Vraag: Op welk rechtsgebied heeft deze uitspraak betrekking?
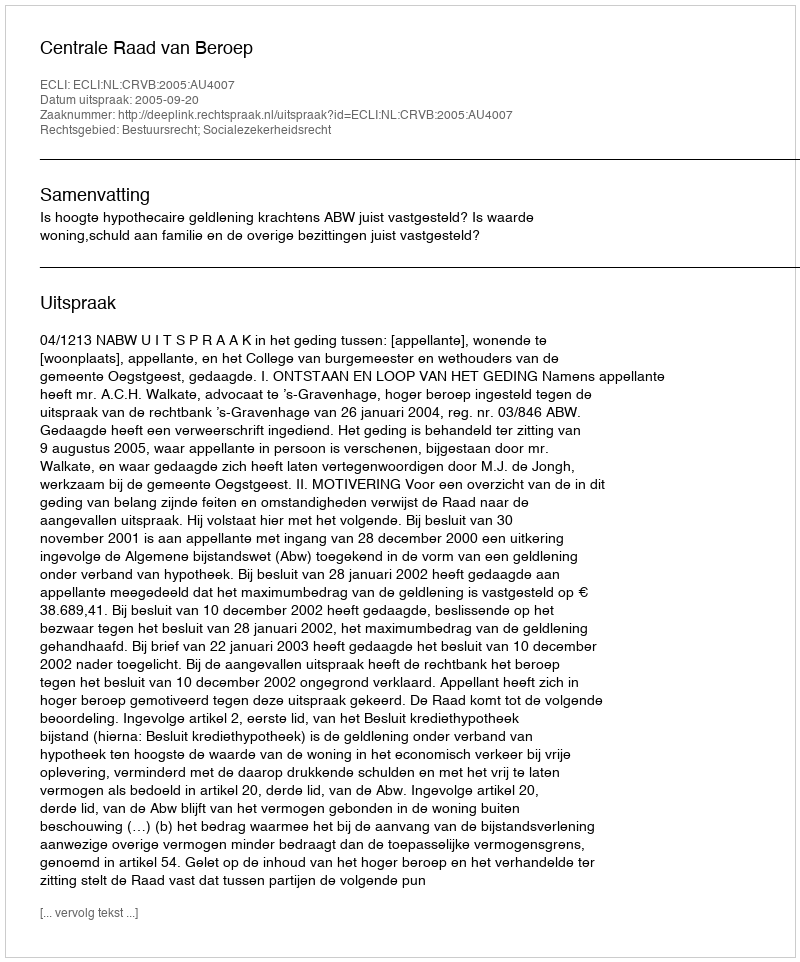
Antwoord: Bestuursrecht; Socialezekerheidsrecht